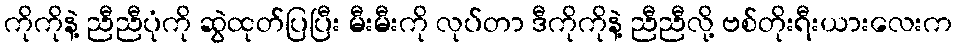
ကိုကိုနဲ့ ညီညီပုံကို ဆွဲထုတ်ပြပြီး မီးမီးကို လုပ်တာ ဒီကိုကိုနဲ့ ညီညီလို့ ဗစ်တိုးရီးယားလေးက